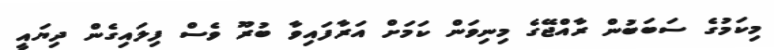
މިކަމުގެ ސަަބަބުން ރާއްޖޭގެ މިނިވަން ކަމަށް އަރާފައިވާ ބުރޫ ވެސް ފިލައިގެން ދިޔައީ